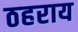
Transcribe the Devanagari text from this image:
ठहराय